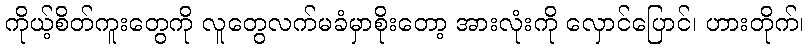
ကိုယ့်စိတ်ကူးတွေကို လူတွေလက်မခံမှာစိုးတော့ အားလုံးကို လှောင်ပြောင်၊ ဟားတိုက်၊